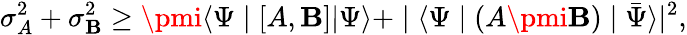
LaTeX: \sigma_{A}^{2}+\sigma_{\mathbf{B}}^{2}\geq\pmi\langle\Psi\mid[A,\mathbf{B}]|\Psi\rangle+\mid\langle\Psi\mid(A\pmi\mathbf{B})\mid{\bar{{\Psi}}}\rangle|^{2},